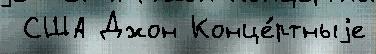
 США Джон Конце́ртныjе